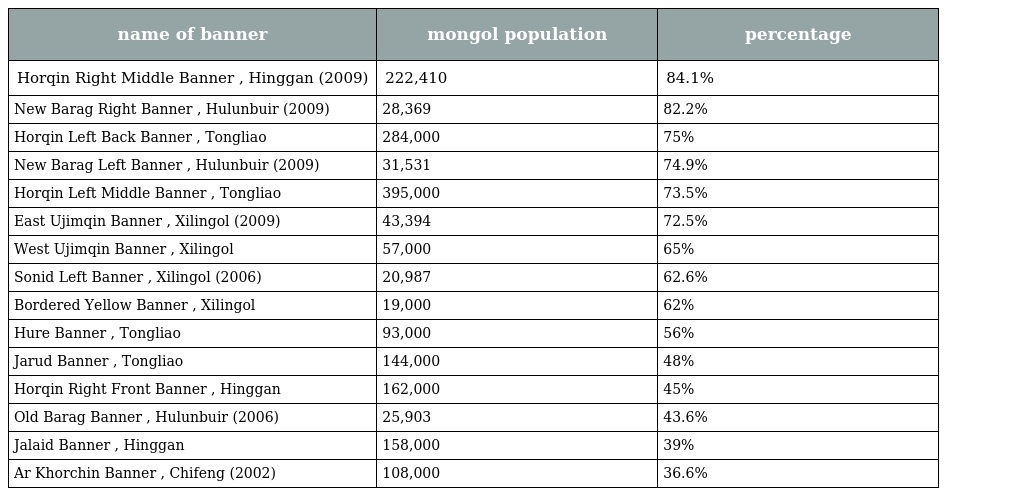
| name of banner | mongol population | percentage |
 | --- | --- | --- |
 | Horqin Right Middle Banner , Hinggan (2009) | 222,410 | 84.1% |
 | New Barag Right Banner , Hulunbuir (2009) | 28,369 | 82.2% |
 | Horqin Left Back Banner , Tongliao | 284,000 | 75% |
 | New Barag Left Banner , Hulunbuir (2009) | 31,531 | 74.9% |
 | Horqin Left Middle Banner , Tongliao | 395,000 | 73.5% |
 | East Ujimqin Banner , Xilingol (2009) | 43,394 | 72.5% |
 | West Ujimqin Banner , Xilingol | 57,000 | 65% |
 | Sonid Left Banner , Xilingol (2006) | 20,987 | 62.6% |
 | Bordered Yellow Banner , Xilingol | 19,000 | 62% |
 | Hure Banner , Tongliao | 93,000 | 56% |
 | Jarud Banner , Tongliao | 144,000 | 48% |
 | Horqin Right Front Banner , Hinggan | 162,000 | 45% |
 | Old Barag Banner , Hulunbuir (2006) | 25,903 | 43.6% |
 | Jalaid Banner , Hinggan | 158,000 | 39% |
 | Ar Khorchin Banner , Chifeng (2002) | 108,000 | 36.6% |